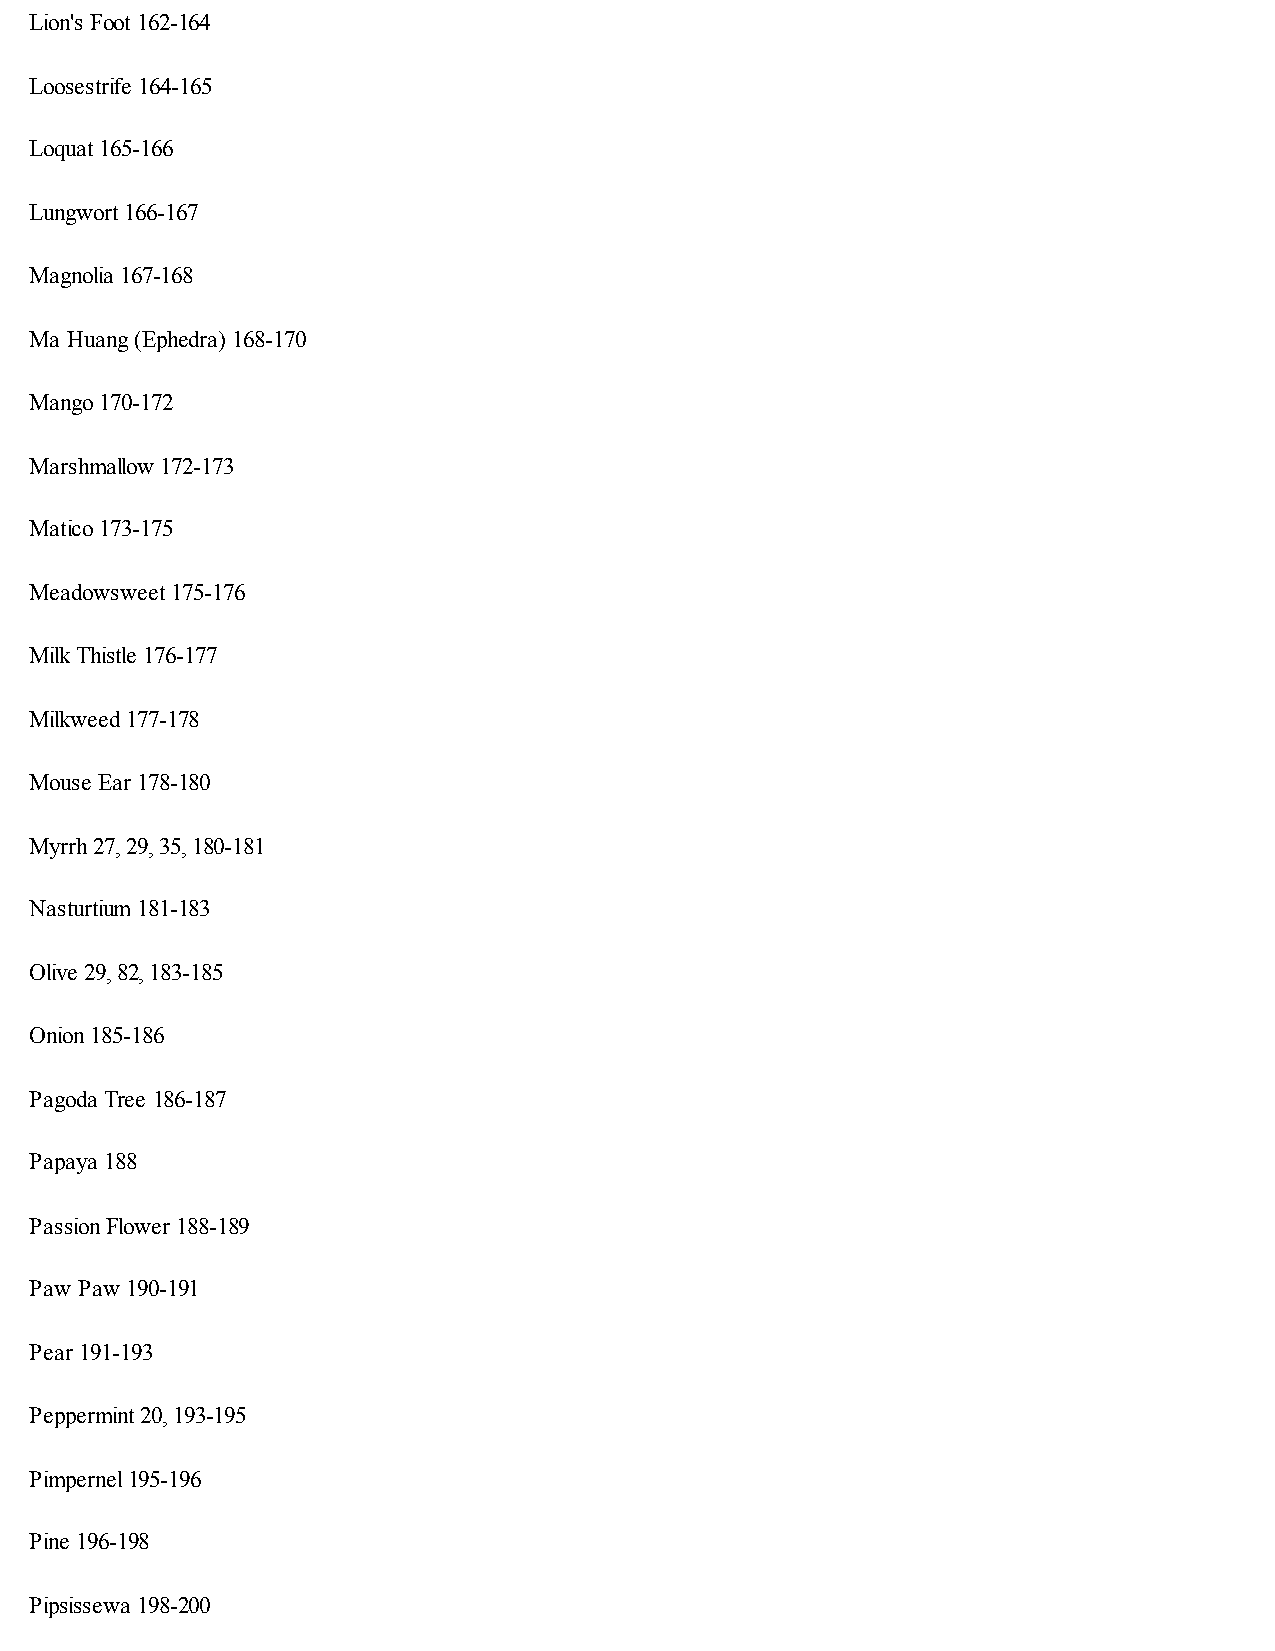
Lion's Foot 162-164
 Loosestrife 164-165
 Loquat 165-166
 Lungwort 166-167
 Magnolia 167-168
 Ma Huang (Ephedra) 168-170
 Mango 170-172
 Marshmallow 172-173
 Matico 173-175
 Meadowsweet 175-176
 Milk Thistle 176-177
 Milkweed 177-178
 Mouse Ear 178-180
 Myrrh 27, 29, 35, 180-181
 Nasturtium 181-183
 Olive 29, 82, 183-185
 Onion 185-186
 Pagoda Tree 186-187
 Papaya 188
 Passion Flower 188-189
 Paw Paw 190-191
 Pear 191-193
 Peppermint 20, 193-195
 Pimpernel 195-196
 Pine 196-198
 Pipsissewa 198-200